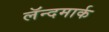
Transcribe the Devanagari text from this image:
लॅन्दमार्क